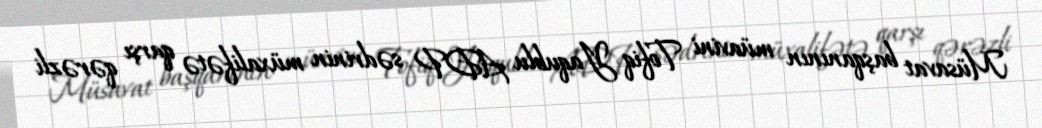
Müsavat başqanının müavini Tofiq Yaqublu ADP sədrinin müxalifətə qarşı qərəzli